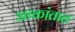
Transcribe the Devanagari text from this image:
आकांतात